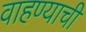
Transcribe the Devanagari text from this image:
वाहण्‍याची